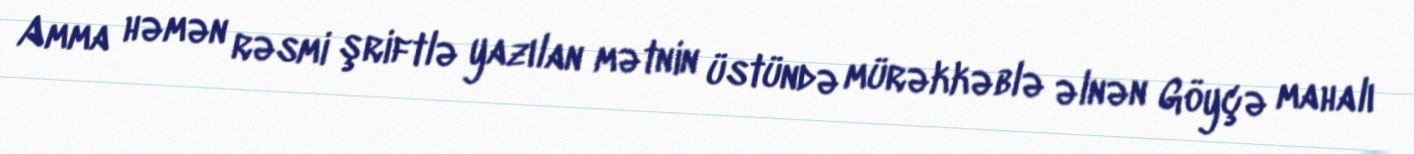
Amma həmən rəsmi şriftlə yazılan mətnin üstündə mürəkkəblə əlnən Göyçə mahalı